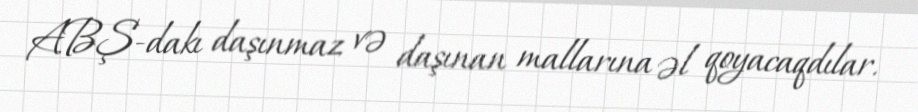
ABŞ-dakı daşınmaz və daşınan mallarına əl qoyacaqdılar.